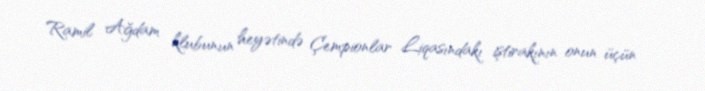
Ramil Ağdam klubunun heyətində Çempionlar Liqasındakı iştirakının onun üçün